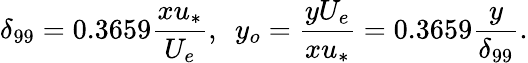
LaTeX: \delta_{99}=0.3659\frac{xu_{*}}{U_{e}},\ \ y_{o}=\frac{yU_{e}}{xu_{*}}=0.3659\frac{y}{\delta_{99}}.